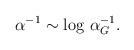
LaTeX: \begin{align*}\alpha^{-1} \sim \log \, \alpha_G^{-1}. \end{align*}